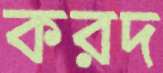
করদ